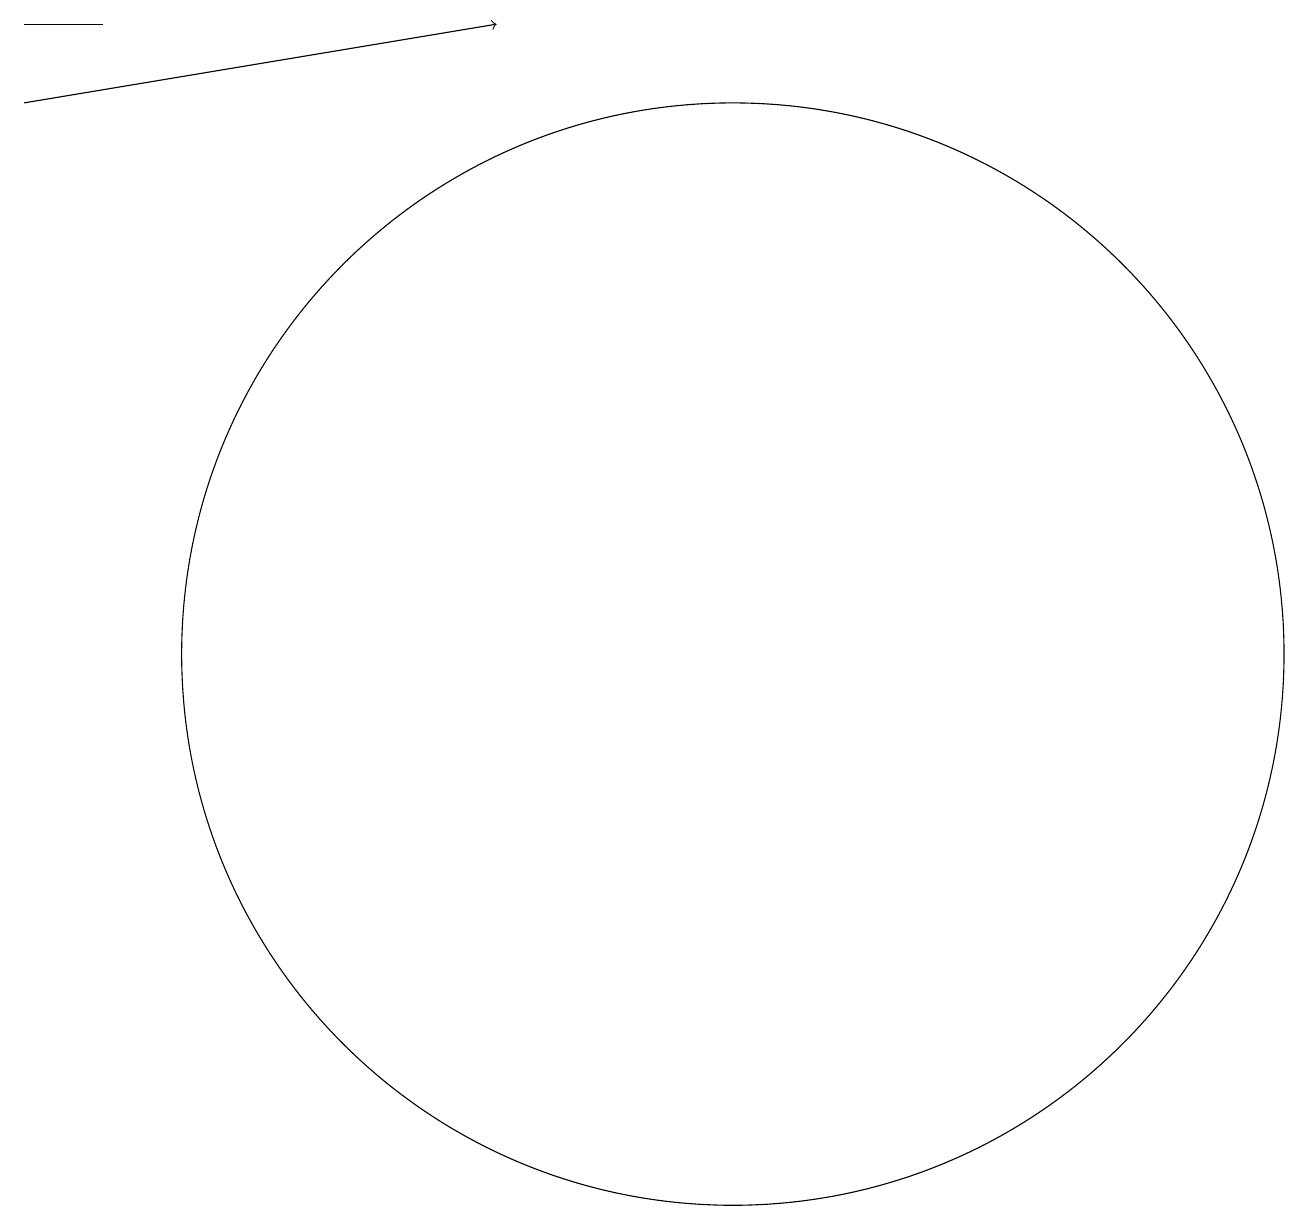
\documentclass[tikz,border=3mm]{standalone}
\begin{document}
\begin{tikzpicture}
\draw (12,10) circle (7);
\draw (4,18) rectangle (3,18);
\draw[->] (3,17) -- (9,18);
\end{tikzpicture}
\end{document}